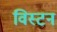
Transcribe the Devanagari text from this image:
विस्टन